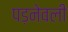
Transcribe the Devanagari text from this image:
पड़नेवली